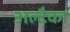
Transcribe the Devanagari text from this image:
अल्टैका